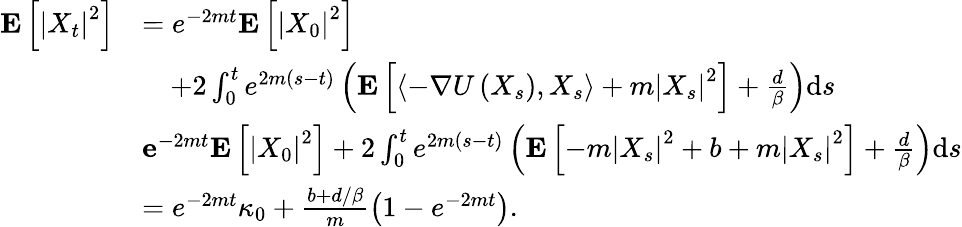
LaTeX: \begin{array}{rl}{\mathbf{E}\left[\left|X_{t}\right|^{2}\right]}&{=e^{-2mt}\mathbf{E}\left[\left|X_{0}\right|^{2}\right]}\\ &{\quad+2\int_{0}^{t}e^{2m(s-t)}\left(\mathbf{E}\left[\left\langle-\nabla U\left(X_{s}\right),X_{s}\right\rangle+m\left|X_{s}\right|^{2}\right]+\frac{d}{\beta}\right)\mathrm{d}s}\\ &{\le e^{-2mt}\mathbf{E}\left[\left|X_{0}\right|^{2}\right]+2\int_{0}^{t}e^{2m(s-t)}\left(\mathbf{E}\left[-m\left|X_{s}\right|^{2}+b+m\left|X_{s}\right|^{2}\right]+\frac{d}{\beta}\right)\mathrm{d}s}\\ &{=e^{-2mt}\kappa_{0}+\frac{b+d/\beta}{m}\left(1-e^{-2mt}\right).}\end{array}